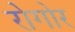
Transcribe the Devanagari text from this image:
रोगोर